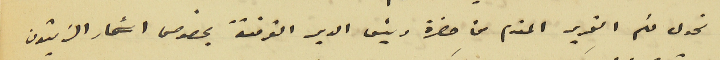
نحول لكم التحرير المقدم من حضرة رئيس الدير القرقفة بخصوص اشجار الزيتون